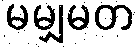
မမျှမတ